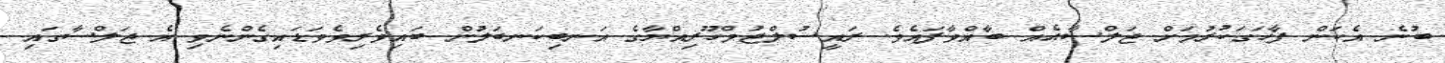
ބުނެ އެކަން ފާހަގަކުރުމަށް ޖަލްސާއެއް ބާއްވާފައެވެ. ރައީސުލްޖުމްހޫރިއްޔާގެ އަނބިކަނބަލުން ބައިވެރިވެވަޑައިގެންނެވި އެ ޖަލްސާގައި